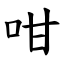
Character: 咁